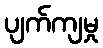
ပျက်ကျမှု